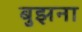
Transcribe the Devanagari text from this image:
बुझना